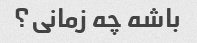
باشه چه زمانی؟